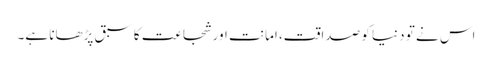
اس نے تو دنیا کو صداقت، امانت اور شجاعت کا سبق پڑھانا ہے۔